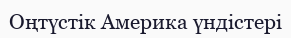
Оңтүстік Америка үндістері